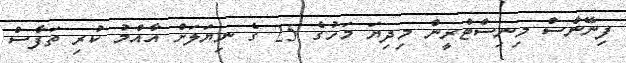
ފިނޭންސް މިނިސްޓްރީން މިދިޔަ މަހުގެ 25 ގެ ނިޔަލަށް އާއްމު ކުރި ތަފާސް